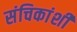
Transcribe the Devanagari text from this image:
संचिकांशी